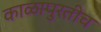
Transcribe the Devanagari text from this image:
काळापुरतीच